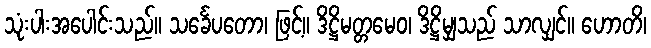
သုံးပါးအပေါင်းသည်။ သင်္ခေပတော၊ ဖြင့်။ ဒိဋ္ဌိမတ္တမေဝ၊ ဒိဋ္ဌိမျှသည် သာလျှင်။ ဟောတိ၊